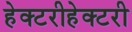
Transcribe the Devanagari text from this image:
हेक्टरीहेक्टरी